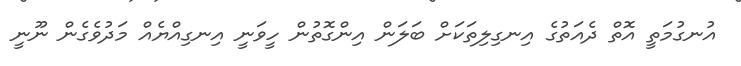
އުނގުމަތީ އޮތް ދެއަތުގެ އިނގިލިތަކަށް ބަލަން އިންގޮތުން ހީވަނީ އިނގިއްޔެއް މަދުވެގެން ނޫނީ